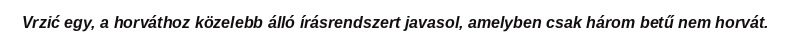
Vrzić egy, a horváthoz közelebb álló írásrendszert javasol, amelyben csak három betű nem horvát.